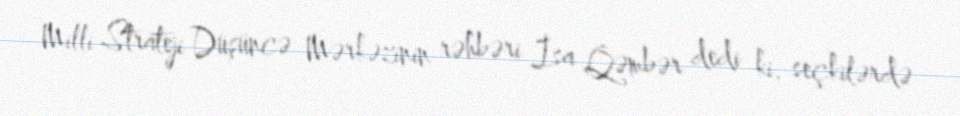
Milli Strateji Düşüncə Mərkəzinin rəhbəri İsa Qəmbər dedi ki, seçkilərdə